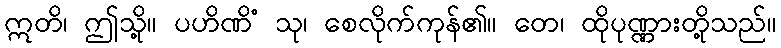
ဣတိ၊ ဤသို့။ ပဟိဏိံ သု၊ စေလိုက်ကုန်၏။ တေ၊ ထိုပုဏ္ဏားတို့သည်။